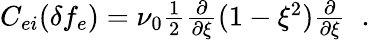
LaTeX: \begin{array}{r}{C_{ei}(\delta f_{e})=\nu_{0}\frac{1}{2}\frac{\partial}{\partial\xi}(1-\xi^{2})\frac{\partial}{\partial\xi}\; \; .}\end{array}